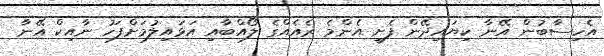
އެހިސާބުން އޭނާ ކިޔައިދޭން ފެށީ އެންމެ ރެއެއްގެ ލޯއްބާއި އަޅައިލުމަށްފަހު ނާއިކް އޭނާ